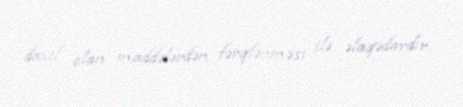
daxil olan maddələrdən fərqlənməsi ilə əlaqədardır.